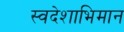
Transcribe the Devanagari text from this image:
स्वदेशाभिमान